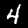
Label: 4